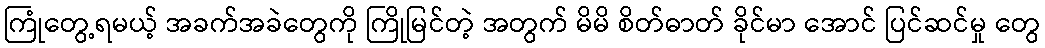
ကြုံတွေ့ရမယ့် အခက်အခဲတွေကို ကြိုမြင်တဲ့ အတွက် မိမိ စိတ်ဓာတ် ခိုင်မာ အောင် ပြင်ဆင်မှု တွေ